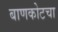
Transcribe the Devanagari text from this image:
बाणकोटचा